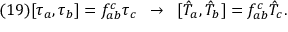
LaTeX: ( 1 9 ) [ \tau _ { a } , \tau _ { b } ] = f _ { a b } ^ { c } \tau _ { c } \; \; \rightarrow \; \; [ \hat { T } _ { a } , \hat { T } _ { b } ] = f _ { a b } ^ { c } \hat { T } _ { c } .